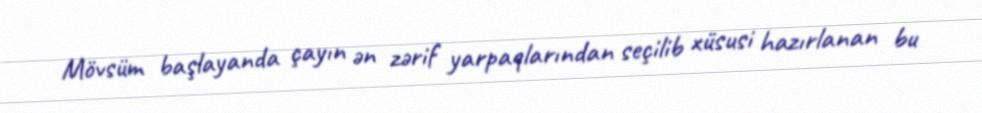
Mövsüm başlayanda çayın ən zərif yarpaqlarından seçilib xüsusi hazırlanan bu